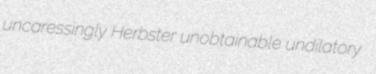
uncaressingly Herbster unobtainable undilatory